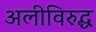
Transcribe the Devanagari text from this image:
अलीविरुद्ध